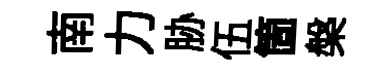
南力胁伍箇槃